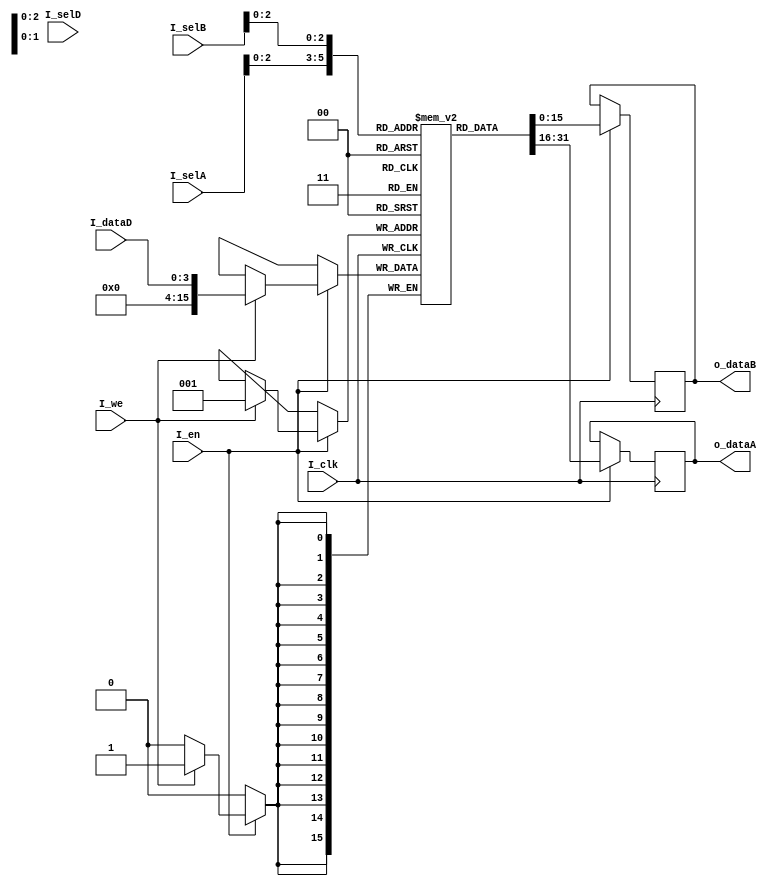
`timescale 1ns / 1ps
//////////////////////////////////////////////////////////////////////////////////
// Company: 
// Engineer: 
// 
// Design Name: 
// Module Name: Reg  File
// Project Name: 
// Target Devices: 
// Tool Versions: 
// Description: 
// 
// Dependencies: 
// 
// Revision:
// Revision 0.01 - File Created
// Additional Comments:
// 
//////////////////////////////////////////////////////////////////////////////////


module reg_file(
input I_clk,
input I_en,
input I_we,
input [3:0] I_selA,
input [3:0] I_selB,
input [3:0] I_selD,
input [3:0] I_dataD,
output reg [15:0] o_dataA,
output reg [15:0] o_dataB
);
reg [15:0] regs [7:0];
	integer count;
	initial begin
		o_dataA =0;
		o_dataB =0;
		for(count = 0; count < 8; count = count +1) begin  
		regs[count] = 0;
		end
	end
always@(negedge I_clk) begin
if (I_en) begin
if(I_we)
regs[I_en] <= I_dataD;
   o_dataA <= regs [I_selA];
    o_dataB <= regs [I_selB];
end
end   
endmodule